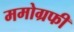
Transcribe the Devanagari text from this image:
ममोग्रफी